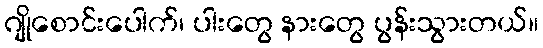
ဂျိုစောင်းပေါက်၊ ပါးတွေ နားတွေ ပွန်းသွားတယ်။